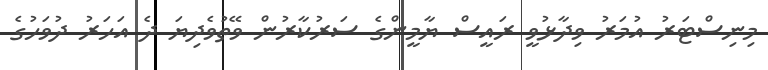
މިނިސްޓަރު އުމަރު ވިދާޅުވީ ރައީސް ޔާމީންގެ ސަރުކާރުން ވޭތުވެދިޔަ ދެ އަަހަރު ދުވަހުގެ